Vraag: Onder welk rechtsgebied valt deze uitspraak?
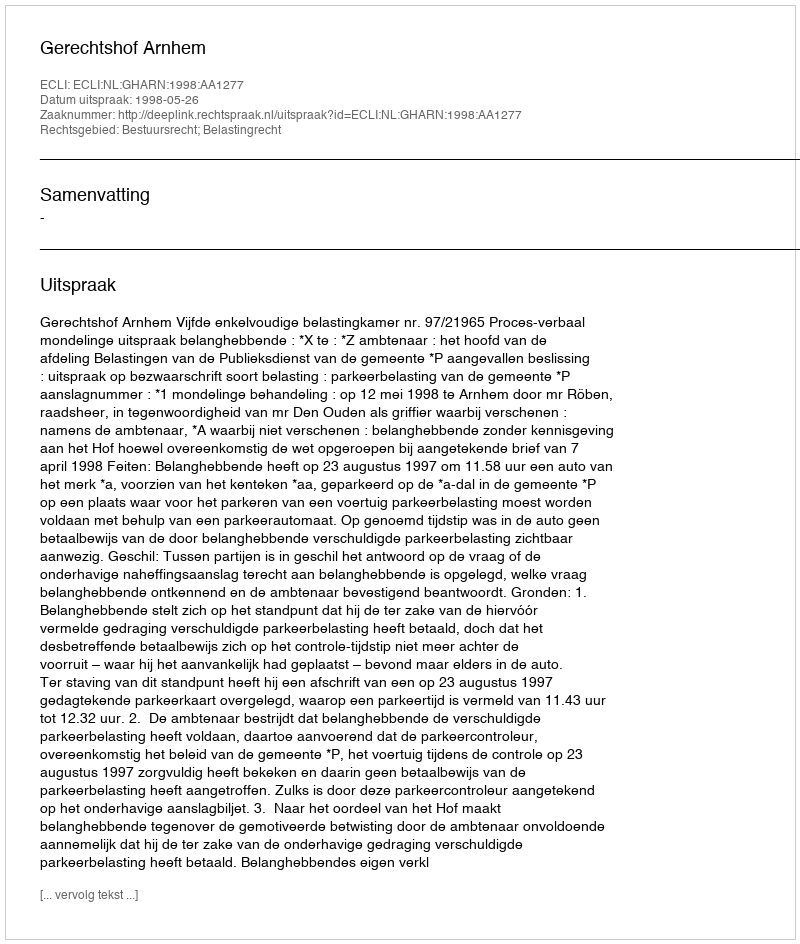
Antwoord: Bestuursrecht; Belastingrecht